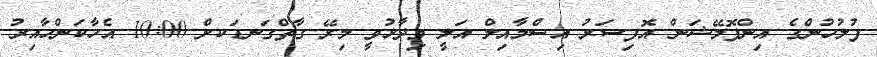
ފުލުހުންގެ އިންފޮމޭޝަން އޮފިސަރު އިސްމާއިލް އަލީ ވިދާޅުވީ މިރޭ ގާތްގަނޑަކށް 10:00 އެހާކަންހާއިރު